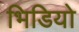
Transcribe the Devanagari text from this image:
भिडियो